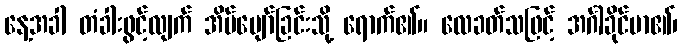
နေ့အခါ တံခါးဖွင့်လျက် အိပ်ပျော်ခြင်းသို့ ရောက်၏။ လေခတ်သဖြင့် အင်္ဂါခိုင်မာ၏၊